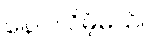
နေပါလိမ့်မယ်။